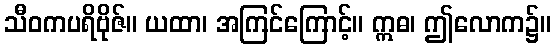
သီဝကပရိဗိုဇ်။ ယထာ၊ အကြင်ကြောင့်။ ဣဓ၊ ဤလောက၌။